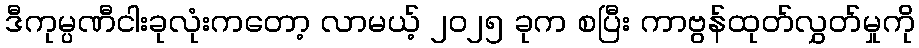
ဒီကုမ္ပဏီငါးခုလုံးကတော့ လာမယ့် ၂၀၂၅ ခုက စပြီး ကာဗွန်ထုတ်လွှတ်မှုကို